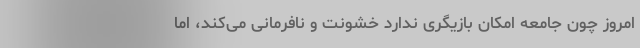
امروز چون جامعه امکان بازیگری ندارد خشونت و نافرمانی می‌کند، اما